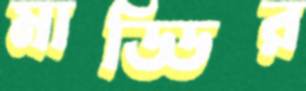
মাড্ডির